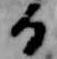
る